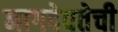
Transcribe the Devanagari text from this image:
नागदेवतेची